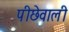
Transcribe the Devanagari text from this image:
पीछेवाली